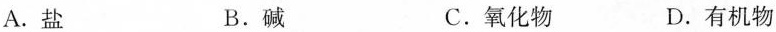
A.盐 B.碱 C.氧化物 D.有机物